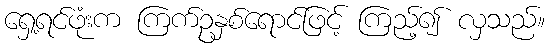
ရှေ့ရင်ဖုံးက ကြက်ဥနှစ်ရောင်ဖြင့် ကြည့်၍ လှသည်။